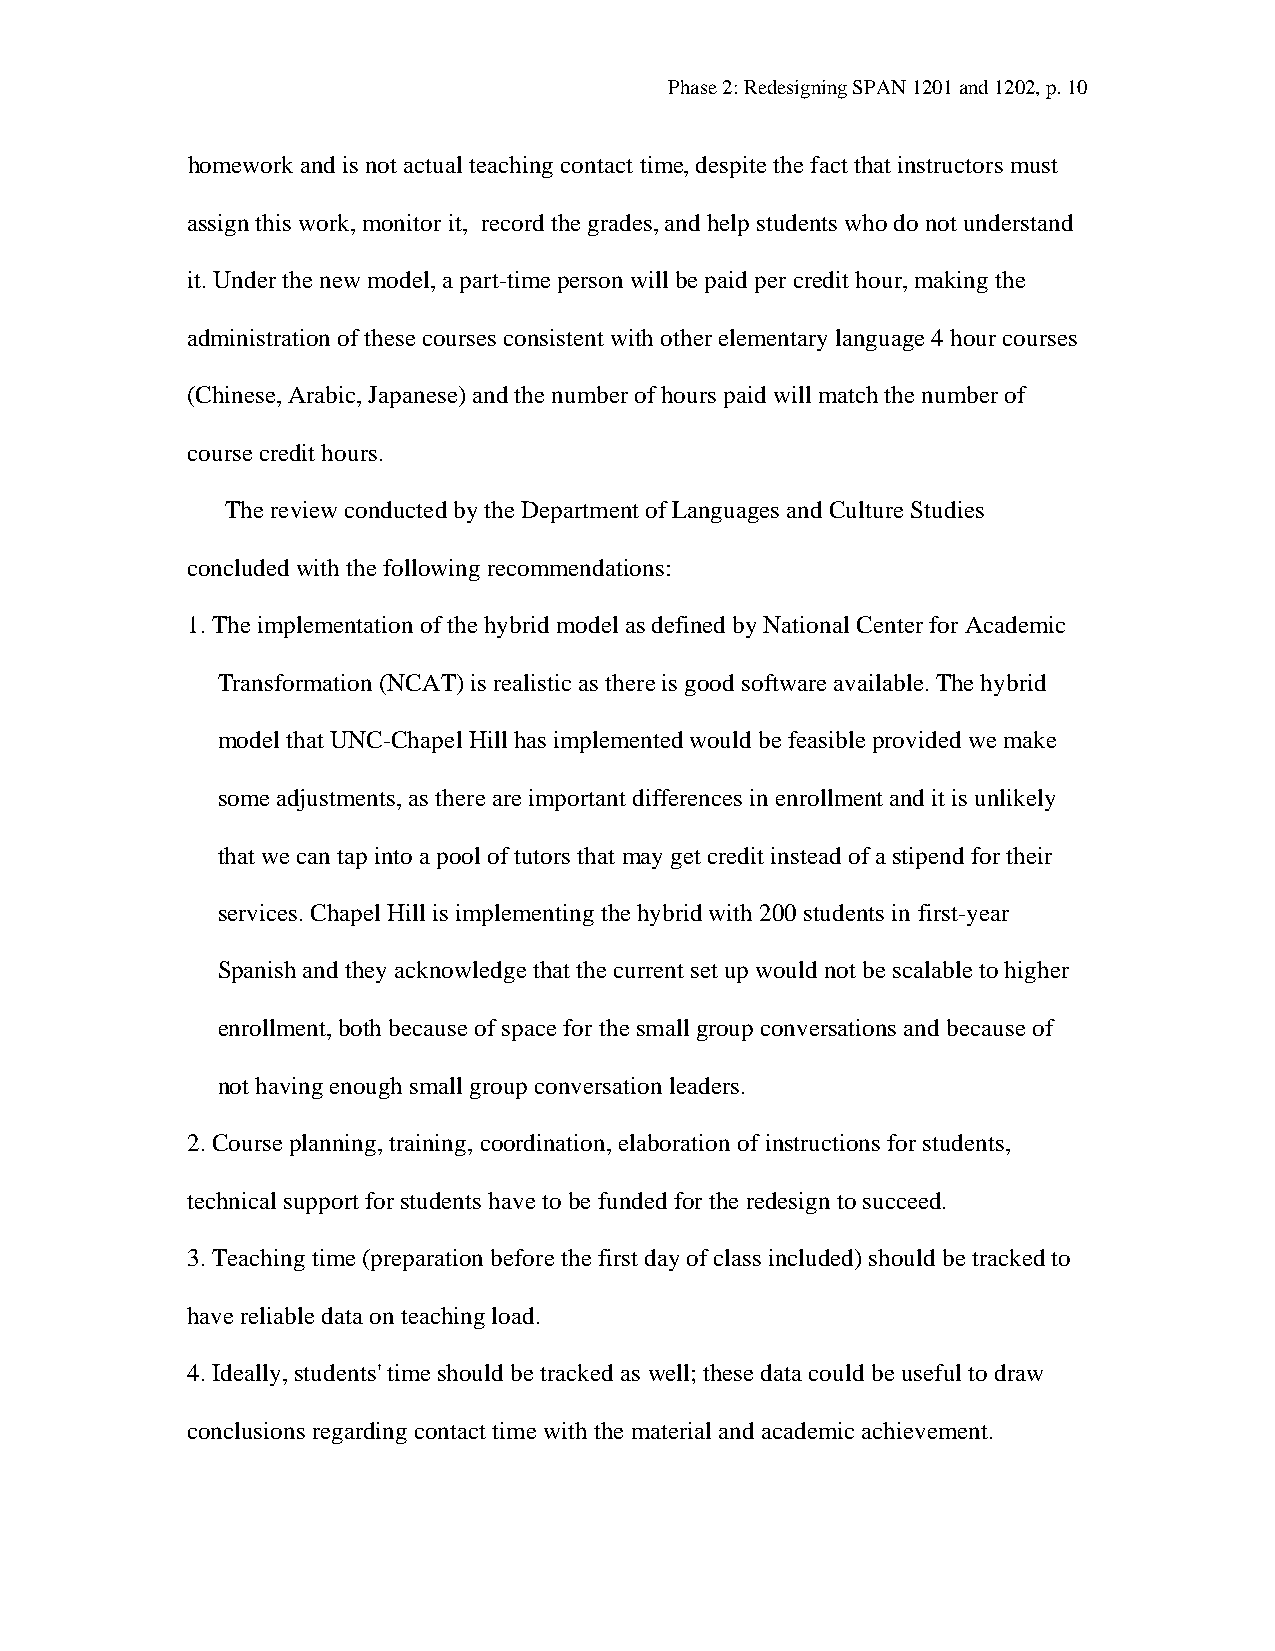
Phase 2: Redesigning SPAN 1201 and 1202, p. 10
 homework and is not actual teaching contact time, despite the fact that instructors must
 assign this work, monitor it, record the grades, and help students who do not understand
 it. Under the new model, a part-time person will be paid per credit hour, making the
 administration of these courses consistent with other elementary language 4 hour courses
 (Chinese, Arabic, Japanese) and the number of hours paid will match the number of
 course credit hours.
 The review conducted by the Department of Languages and Culture Studies
 concluded with the following recommendations:
 1. The implementation of the hybrid model as defined by National Center for Academic
 Transformation (NCAT) is realistic as there is good software available. The hybrid
 model that UNC-Chapel Hill has implemented would be feasible provided we make
 some adjustments, as there are important differences in enrollment and it is unlikely
 that we can tap into a pool of tutors that may get credit instead of a stipend for their
 services. Chapel Hill is implementing the hybrid with 200 students in first-year
 Spanish and they acknowledge that the current set up would not be scalable to higher
 enrollment, both because of space for the small group conversations and because of
 not having enough small group conversation leaders.
 2. Course planning, training, coordination, elaboration of instructions for students,
 technical support for students have to be funded for the redesign to succeed.
 3. Teaching time (preparation before the first day of class included) should be tracked to
 have reliable data on teaching load.
 4. Ideally, students' time should be tracked as well; these data could be useful to draw
 conclusions regarding contact time with the material and academic achievement.